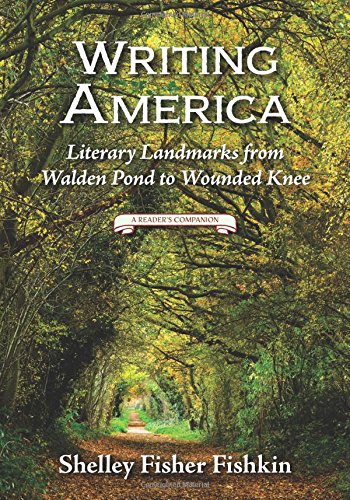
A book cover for Writing America: Literary Landmarks from Walden Pond to Wounded Knee (A Reader's Companion); Shelley Fisher Fishkin; Arts & Photography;